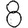
Digit: 8